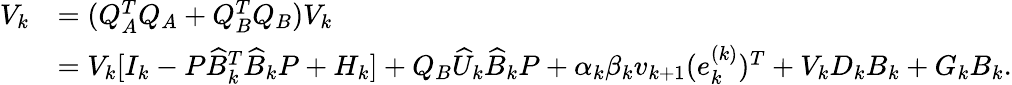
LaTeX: \begin{array}{rl}{V_{k}}&{=(Q_{A}^{T}Q_{A}+Q_{B}^{T}Q_{B})V_{k}}\\ &{=V_{k}[I_{k}-P\widehat{B}_{k}^{T}\widehat{B}_{k}P+H_{k}]+Q_{B}\widehat{U}_{k}\widehat{B}_{k}P+\alpha_{k}\beta_{k}v_{k+1}(e_{k}^{(k)})^{T}+V_{k}D_{k}B_{k}+G_{k}B_{k}.}\end{array}